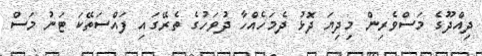
ދިއްދޫގެ މަސްވެރިން މިދިޔަ ދޮޅު ދެމަހެއްހާ ދުވަހުގެ ތެރޭގައި ފައްސަތޭކަ ޓަނު މަސް